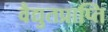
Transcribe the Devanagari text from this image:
वैद्युतप्राप्ति